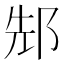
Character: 䢾